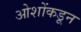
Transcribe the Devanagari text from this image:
ओशोंकडून